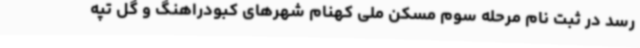
رسد در ثبت نام مرحله سوم مسکن ملی کهنام شهرهای کبودراهنگ و گل تپه